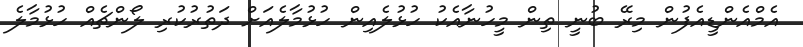
އެމްއެންޑީއެފުން މިރޭ ބުނީ ތިން މީހުނާއެކު ހުޅުލެއިން ހުޅުމާލެއަށް ދަތުރުކުރި ލޯންޗެއް ހުޅުމާލެ